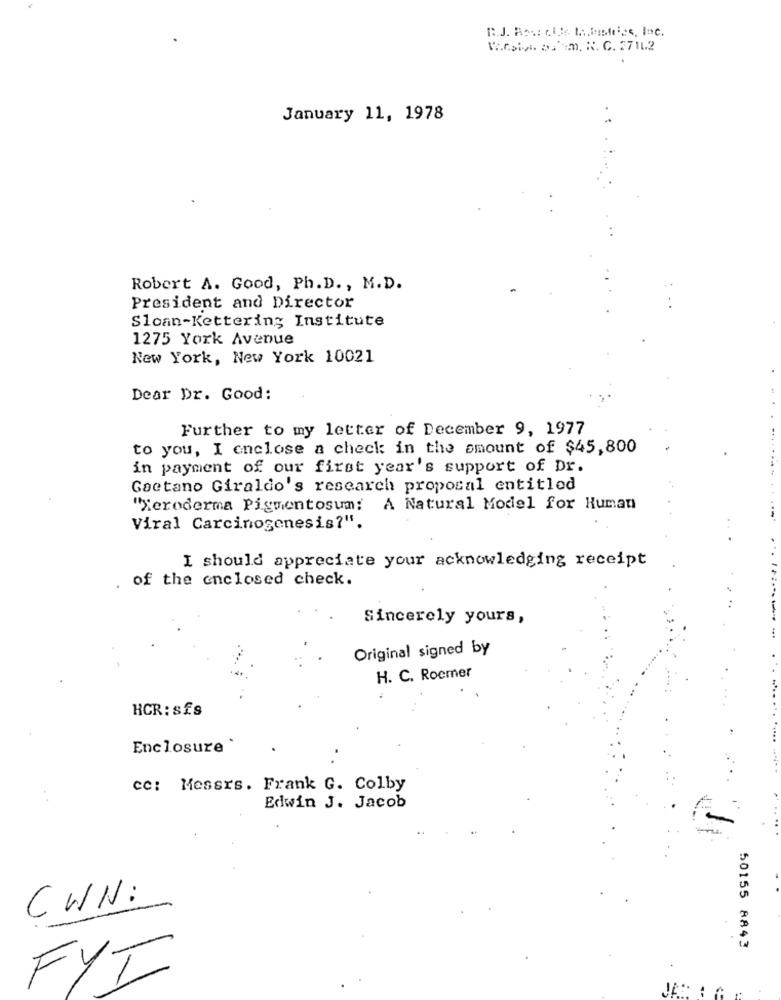
Westi. af m. N. C. 27162
January 11, 1978
Robert A. Good, Ph. D ., M.D.
President and Director
Sloan-Kettering Institute
1275 York Avenue
New York, New York 10021
Dear Dr. Good:
Further to my letter of December 9, 1977
to you, I enclose a check in the amount of $45,800
in payment of our first year's support of Dr.
Gaetano Giraldo's research proposal entitled
"xeroderma Pigmentosum: A Natural Model for Human
Viral Carcinogenesis?".
I should appreciate your acknowledging receipt
. of the enclosed check.
Sincerely yours,
Original signed by
H. C. Roemer
HCR: s£s
Enclosure '
cc: Messrs. Frank G. Colby
Edwin J. Jacob
CWN:
50155 8843
FYT